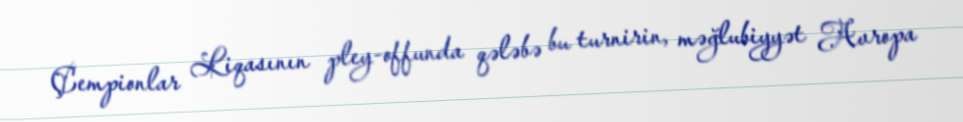
Çempionlar Liqasının pley-offunda qələbə bu turnirin, məğlubiyyət Avropa